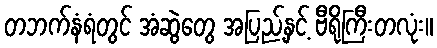
တဘက်နံရံတွင် အံဆွဲတွေ အပြည့်နှင့် ဗီရိုကြီးတလုံး။